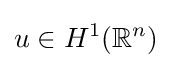
u\in H^{1}(\mathbb {R} ^{n})